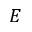
E